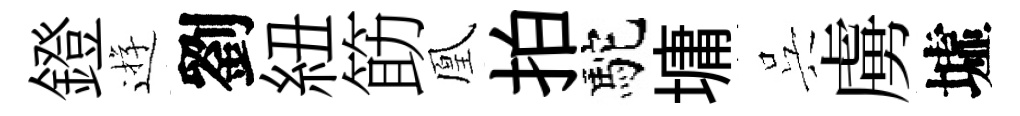
鐙逰劉紐筯凰拍駝墉呉虜墟